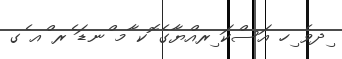
ިދވެ ިހ އަސްކަ ިރއްޔާގެ ޮކ ާމ ްނޑަ ެރ ްއ ެގ